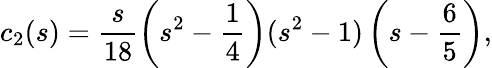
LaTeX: c_{2}(s)=\frac{s}{18}\left(s^{2}-\frac{1}{4}\right)(s^{2}-1)\left(s-\frac{6}{5}\right){,}